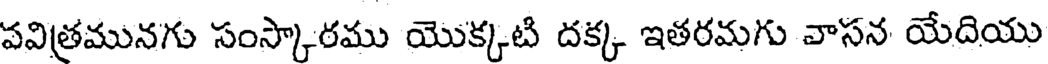
వవిత్రమునగు సంస్కారము యొక్కటి దక్క ఇతరమగు వాసన యేదియు